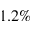
1 . 2 \%